Report of the Indian Hemp Drugs Commission, 1894-1895 - Volume V
Year: 1894
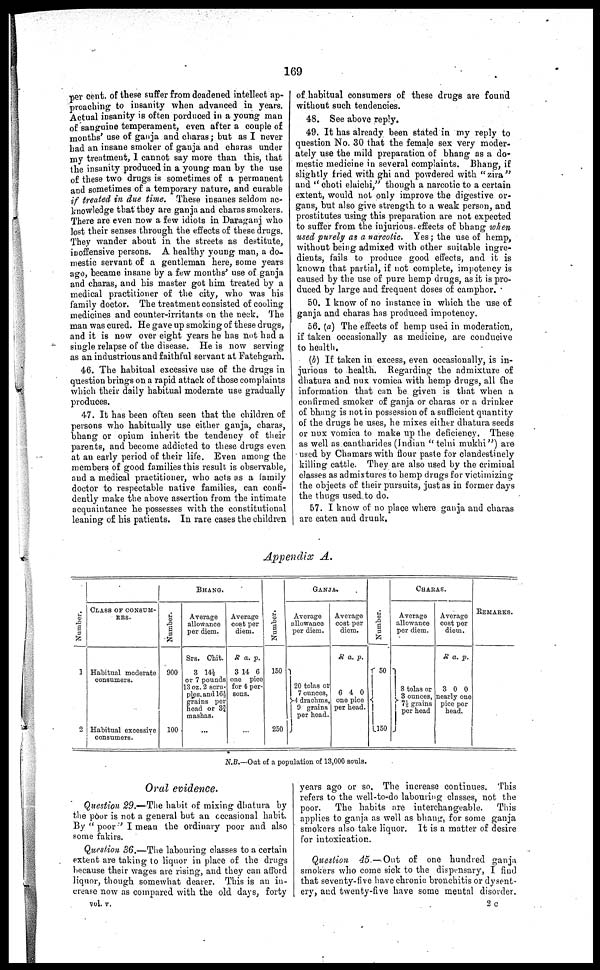
169
per cent. of these suffer from deadened intellect ap-
proaching to insanity when advanced in years.
Actual insanity is often porduced in a young man
of sanguine temperament, even after a couple of
months' use of ganja and charas; but as I never
had an insane smoker of ganja and charas under
my treatment, I cannot say more than this, that
the insanity produced in a young man by the use
of these two drugs is sometimes of a permanent
and sometimes of a temporary nature, and curable
if treated in due time. These insanes seldom ac-
knowledge that they are ganja and charas smokers.
There are even now a few idiots in Daraganj who
lost their senses through the effects of these drugs.
They wander about in the streets as destitute,
inoffensive persons. A healthy young man, a do-
mestic servant of a gentleman here, some years
ago, became insane by a few months' use of ganja
and charas, and his master got him treated by a
medical practitioner of the city, who was his
family doctor. The treatment consisted of cooling
medicines and counter-irritants on the neck. The
man was cured. He gave up smoking of these drugs,
and it is now over eight years he has not had a
single relapse of the disease. He is now serving
as an industrious and faithful servant at Fatehgarh.
46. The habitual excessive use of the drugs in
question brings on a rapid attack of those complaints
which their daily habitual moderate use gradually
produces.
47. It has been often seen that the children of
persons who habitually use either ganja, charas,
bhang or opium inherit the tendency of their
parents, and become addicted to these drugs even
at an early period of their life. Even among the
members of good families this result is observable,
and a medical practitioner, who acts as a family
doctor to respectable native families, can confi-
dently make the above assertion from the intimate
acquaintance he possesses with the constitutional
leaning of his patients. In rare cases the children
of habitual consumers of these drugs are found
without such tendencies.
48. See above reply.
49. It has already been stated in my reply to
question No, 30 that the female sex very moder-
ately use the mild preparation of bhang as a do-
mestic medicine in several complaints. Bhang, if
slightly fried with ghi and powdered with "zira"
and "choti elaichi" though a narcotic to a certain
extent, would not only improve the digestive or-
gans, but also give strength to a weak person, and
prostitutes using this preparation are not expected
to suffer from the injurious effects of bhang when
used purely as a narcotic. Yes; the use of hemp,
without being admixed with other suitable ingre-
dients, fails to produce good effects, and it is
known that partial, if not complete, impotency is
caused by the use of pure hemp drugs, as it is pro-
duced by large and frequent doses of camphor.
50. I know of no instance in which the use of
ganja and charas has produced impotency.
56. (a) The effects of hemp used in moderation,
if taken occasionally as medicine, are conducive
to health.
(b) If taken in excess, even occasionally, is in-
jurious to health. Regarding the admixture of
dhatura and nux vomica with hemp drugs, all the
information that can be given is that when a
confirmed smoker of ganja or charas or a drinker
of bhang is not in possession of a sufficient quantity
of the drugs he uses, he mixes either dhatura seeds
or nux vomica to make up the deficiency. These
as well as cantharides (Indian "telni mukhi") are
used by Chamars with flour paste for clandestinely
killing cattle. They are also used by the criminal
classes as admixtures to hemp drugs for victimizing
the objects of their pursuits, just as in former days
the thugs used to do.
57. I know of no place where ganja and charas
are eaten and drunk.
Appendix A.
Numbe r
.
1
2
CLASS OF CONSUM-
ERS.
Habitual moderate
consumers.
Habitual excessive
consumers.
BHANG.
Number.
900
100
Average
allowance
per diem.
Srs. Chit.
3 14½
or 7 pounds
13 oz. 2 scru-
ples, and 16½
grains per
head or 33/4
mashas.
...
Average
cost per
diem.
R a. p.
3 14 6
one pice
for 4 per-
sons.
...
Number.
150
250
GANJA.
Average
allowance
per diem.
20 tolas or
7 ounces,
4 drachms,
9 grains
per head.
Average
cost per
diem.
R a. p.
6 4 0
one pice
per head.
Numbe r
.
50
1150
CHARAS.
Average
allowance
per diem.
8 tolas or
3 ounces,
71/5 grains
per head
J
Average
cost per
diem.
R a. p.
3 0 0
nearly one
pice per
head.
REMARKS.
N.B.—Out of a population of 13,000 souls.
Oral evidence.
Question 29.—The habit of mixing dhatura by
the poor is not a general but an occasional habit.
By "poor" I mean the ordinary poor and also
some fakirs.
Question 36.—The labouring classes to a certain
extent are taking to liquor in place of the drugs
because their wages are rising, and they can afford
liquor, though somewhat dearer. This is an in-
crease now as compared with the old days, forty
years ago or so. The increase continues. This
refers to the well-to-do labouring classes, not the
poor. The habits are interchangeable.
This
applies to ganja as well as bhang, for some ganja
smokers also take liquor. It is a matter of desire
for intoxication.
Question 45—Out
of one hundred ganja
smokers who come sick to the dispensary, I find
that seventy-five have chronic bronchitis or dysent-
ery, and twenty-five have some mental disorder.
vol. v.
2 c